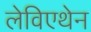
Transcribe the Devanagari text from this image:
लेविएथेन